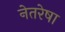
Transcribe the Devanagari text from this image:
नेतरेषा